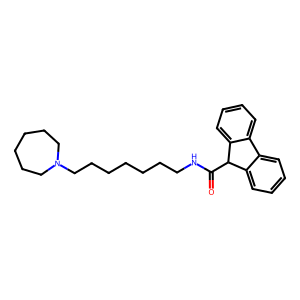
SMILES: O=C(NCCCCCCCN1CCCCCC1)C1c2ccccc2-c2ccccc21
Inhibits HIV replication: No